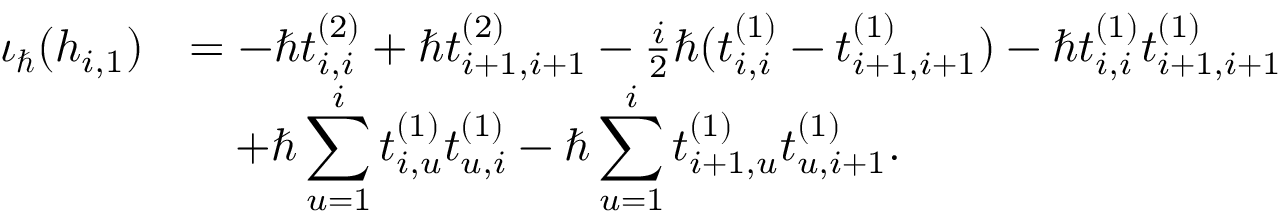
\begin{array} { r l } { \iota _ { \hbar } ( h _ { i , 1 } ) } & { = - \hbar t _ { i , i } ^ { ( 2 ) } + \hbar t _ { i + 1 , i + 1 } ^ { ( 2 ) } - \frac { i } { 2 } \hbar ( t _ { i , i } ^ { ( 1 ) } - t _ { i + 1 , i + 1 } ^ { ( 1 ) } ) - \hbar t _ { i , i } ^ { ( 1 ) } t _ { i + 1 , i + 1 } ^ { ( 1 ) } } \\ & { \quad + \hbar \displaystyle \sum _ { u = 1 } ^ { i } t _ { i , u } ^ { ( 1 ) } t _ { u , i } ^ { ( 1 ) } - \hbar \displaystyle \sum _ { u = 1 } ^ { i } t _ { i + 1 , u } ^ { ( 1 ) } t _ { u , i + 1 } ^ { ( 1 ) } . } \end{array}